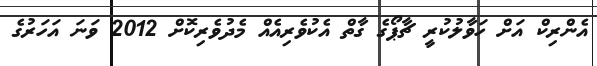
އެންރިކް އަށް ހަވާލުކުރީ ޗާޕޯގެ ގާތް އެކުވެރިއެއް މެދުވެރިކޮށް 2012 ވަނަ އަހަރުގެ